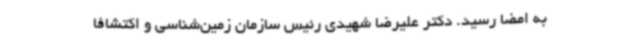
به ‌امضا رسید. دکتر علیرضا شهیدی رئیس سازمان زمین‌شناسی و اکتشافا